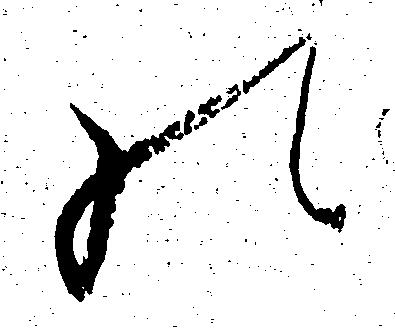
の